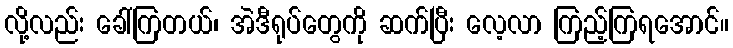
လို့လည်း ခေါ်ကြတယ်၊ အဲဒီရုပ်တွေကို ဆက်ပြီး လေ့လာ ကြည့်ကြရအောင်။